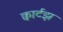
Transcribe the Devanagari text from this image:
क्वार्टझ